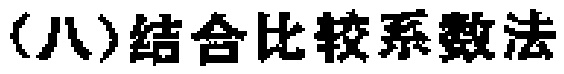
(八)结合比较系数法